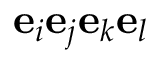
\mathbf { e } _ { i } \mathbf { e } _ { j } \mathbf { e } _ { k } \mathbf { e } _ { l }